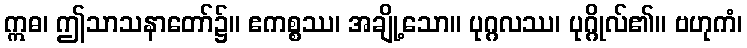
ဣဓ၊ ဤသာသနာတော်၌။ ဧကစ္စဿ၊ အချို့သော။ ပုဂ္ဂလဿ၊ ပုဂ္ဂိုလ်၏။ ဗဟုကံ၊